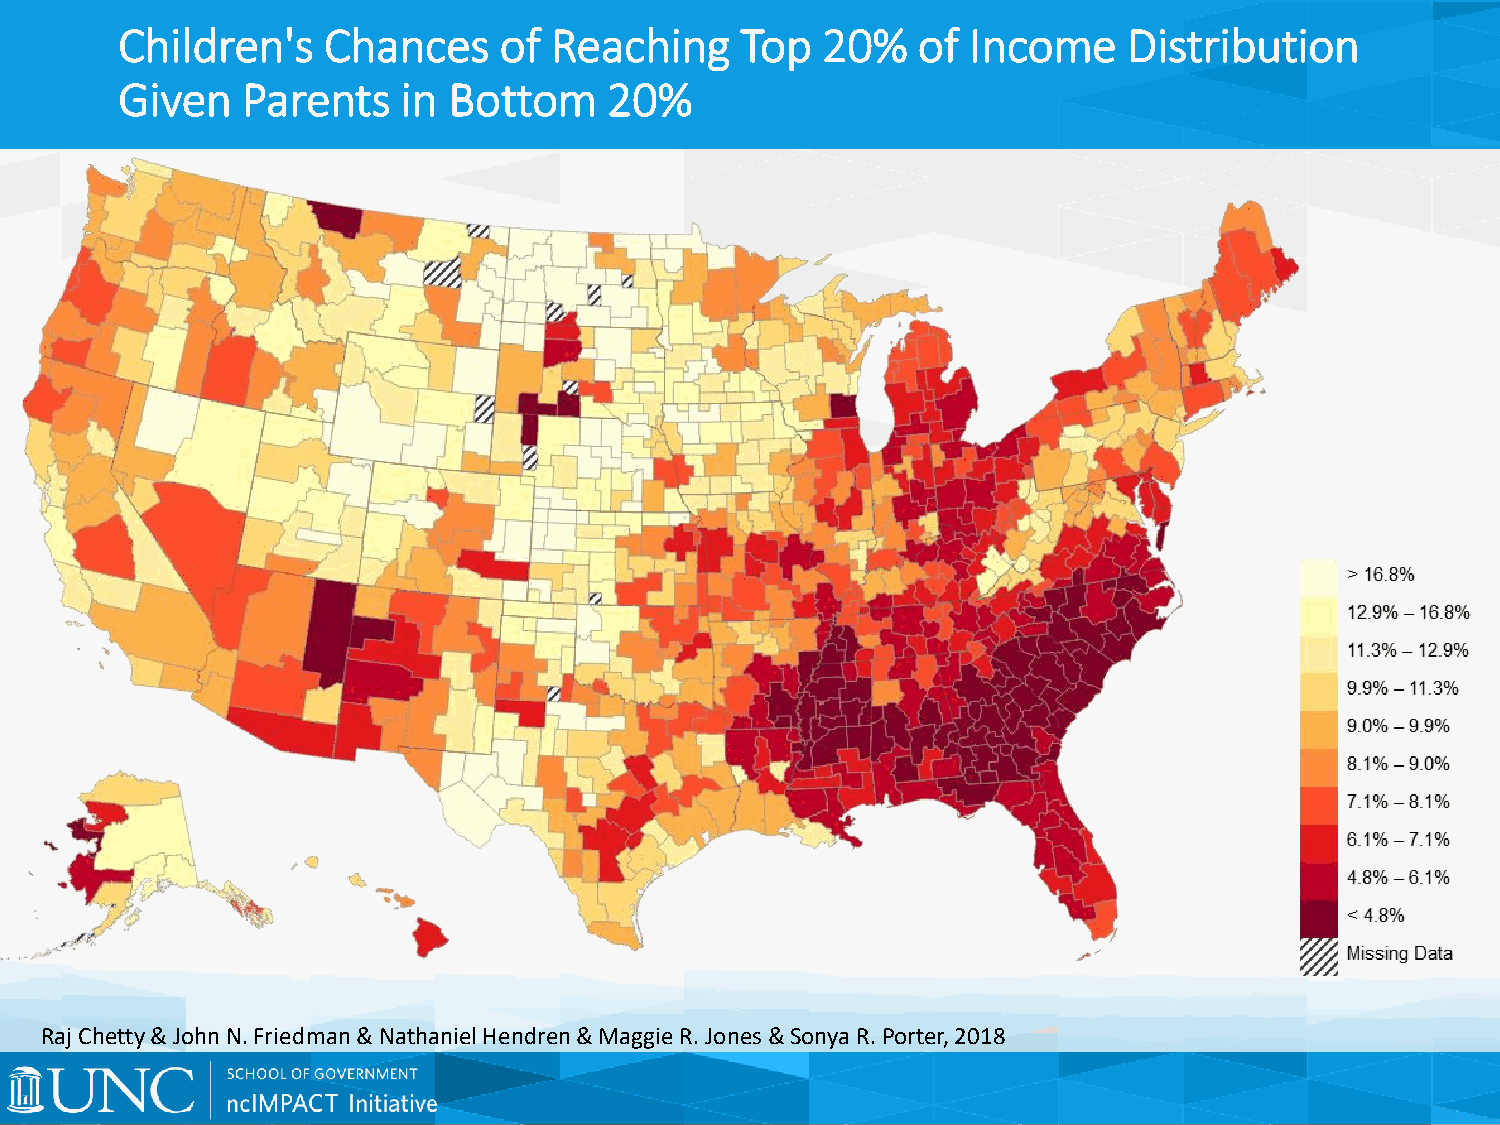
Children's   Chances     of Reaching     Top  20%    of Income     Distribution
 Given   Parents    in Bottom    20%
 Raj Chetty & John N. Friedman & Nathaniel Hendren & Maggie R. Jones & Sonya R. Porter, 2018